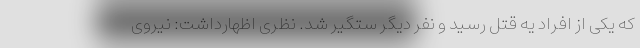
که یکی از افراد یه قتل رسید و نفر دیگر ستگیر شد. نظری اظهارداشت: نیروی